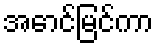
အောင်မြင်ကာ